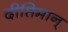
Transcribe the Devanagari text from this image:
दीप्तिमान्